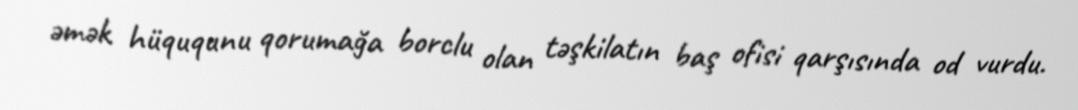
əmək hüququnu qorumağa borclu olan təşkilatın baş ofisi qarşısında od vurdu.